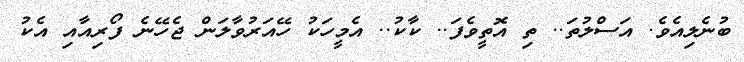
ބުނެލިއެވެ. އަސްލުތަ.. ތި އޮތީވެފަ.. ކާކު.. އެމީހަކު ހޭއަރުވާލަން ޖެހޭނެ ފޯރިއާއި އެކު